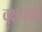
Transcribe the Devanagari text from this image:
वृक्षपर्णी